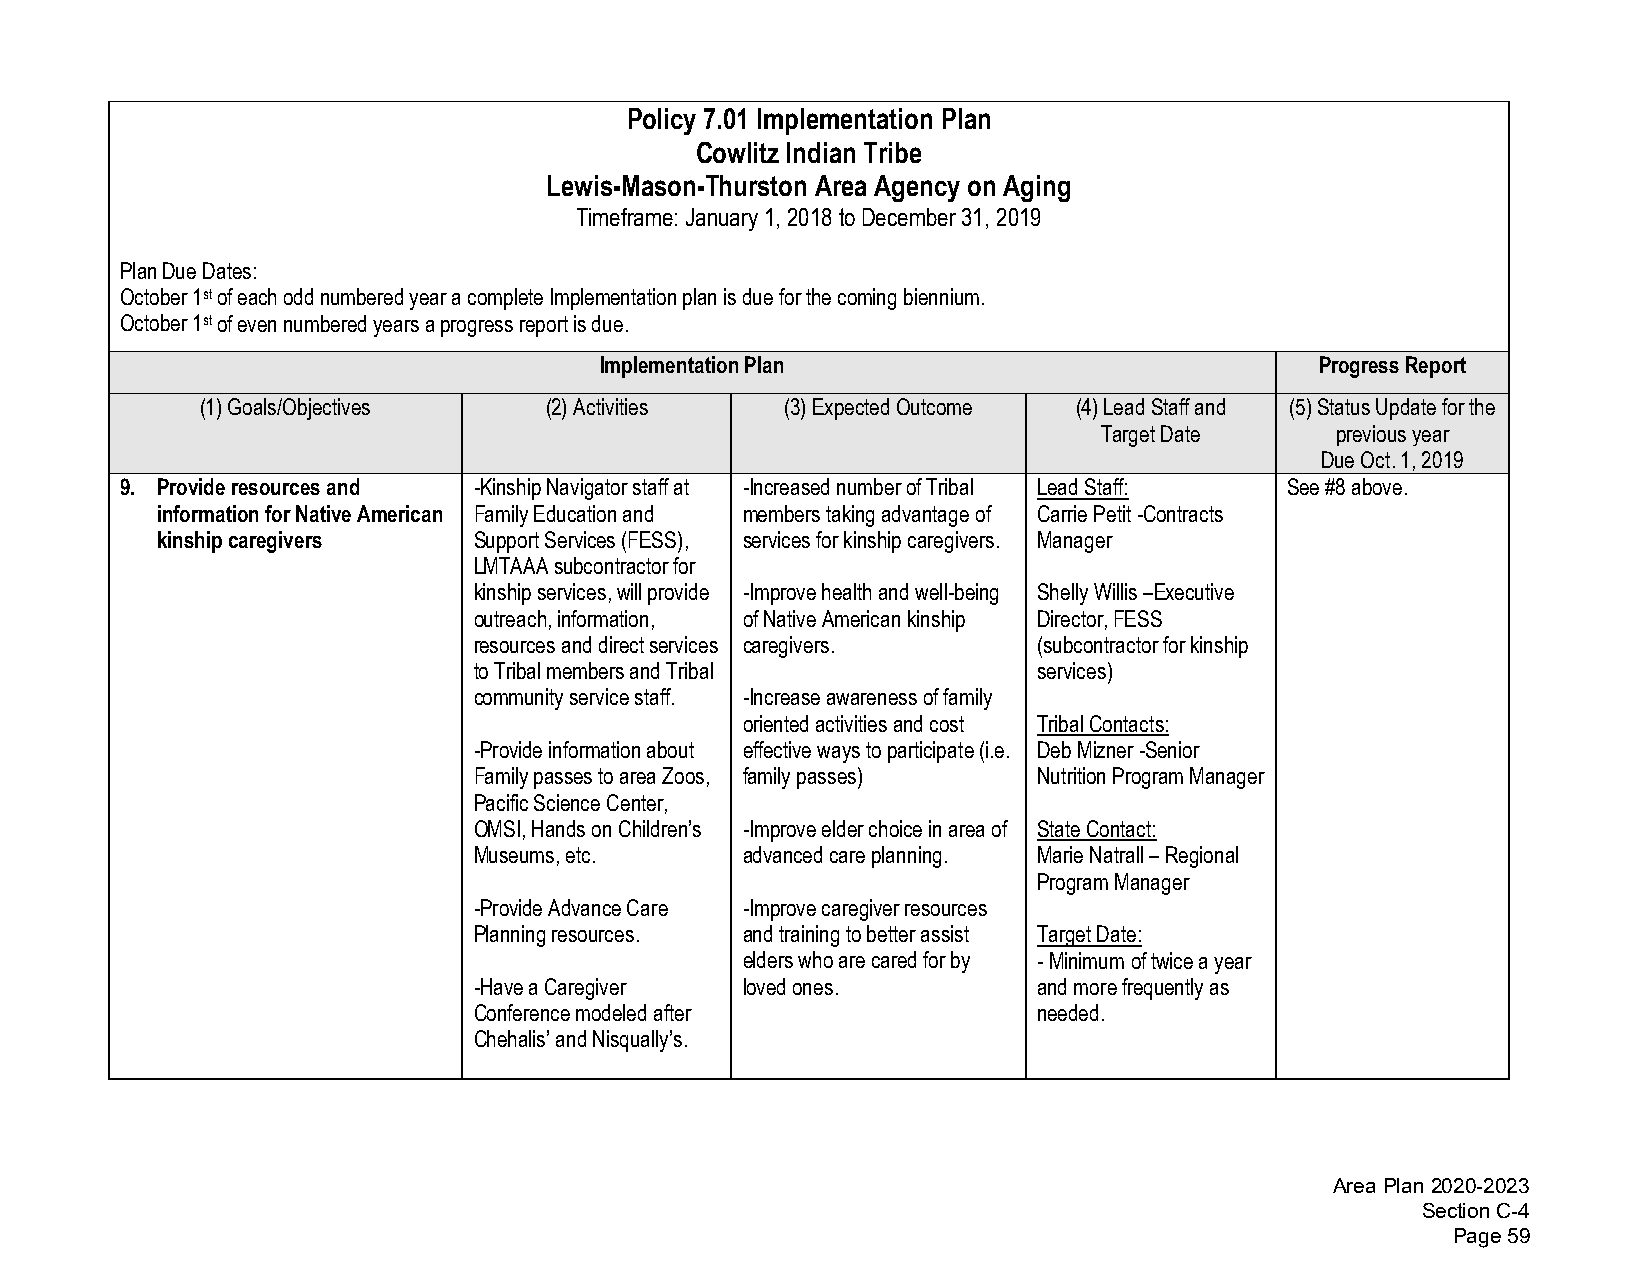
Policy 7.01 Implementation Plan
 Cowlitz Indian Tribe
 Lewis-Mason-Thurston Area Agency on Aging
 Timeframe: January 1, 2018 to December 31, 2019
 Plan Due Dates:
 October 1st of each odd numbered year a complete Implementation plan is due for the coming biennium.
 October 1st of even numbered years a progress report is due.
 Implementation Plan                            Progress Report
 (1)Goals/Objectives    (2)Activities   (3)Expected Outcome (4)Lead Staff and (5)Status Update for the
 Target Date    previous year
 Due Oct. 1, 2019
 9. Provide resources and -Kinship Navigator staff at -Increased number of Tribal Lead Staff: See #8 above.
 information for Native American Family Education and members taking advantage of Carrie Petit -Contracts
 kinship caregivers   Support Services (FESS), services for kinship caregivers. Manager
 LMTAAA subcontractor for
 kinship services, will provide -Improve health and well-being Shelly Willis –Executive
 outreach, information, of Native American kinship Director, FESS
 resources and direct services caregivers. (subcontractor for kinship
 to Tribal members and Tribal          services)
 community service staff. -Increase awareness of family
 oriented activities and cost Tribal Contacts:
 -Provide information about effective ways to participate (i.e. Deb Mizner -Senior
 Family passes to area Zoos, family passes) Nutrition Program Manager
 Pacific Science Center,
 OMSI, Hands on Children’s -Improve elder choice in area of State Contact:
 Museums, etc.     advanced care planning. Marie Natrall – Regional
 Program Manager
 -Provide Advance Care -Improve caregiver resources
 Planning resources. and training to better assist Target Date:
 elders who are cared for by -Minimum of twice a year
 -Have a Caregiver loved ones.         and more frequently as
 Conference modeled after              needed.
 Chehalis’ and Nisqually’s.
 Area Plan 2020-2023
 Section C-4
 Page 59